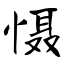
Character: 慑